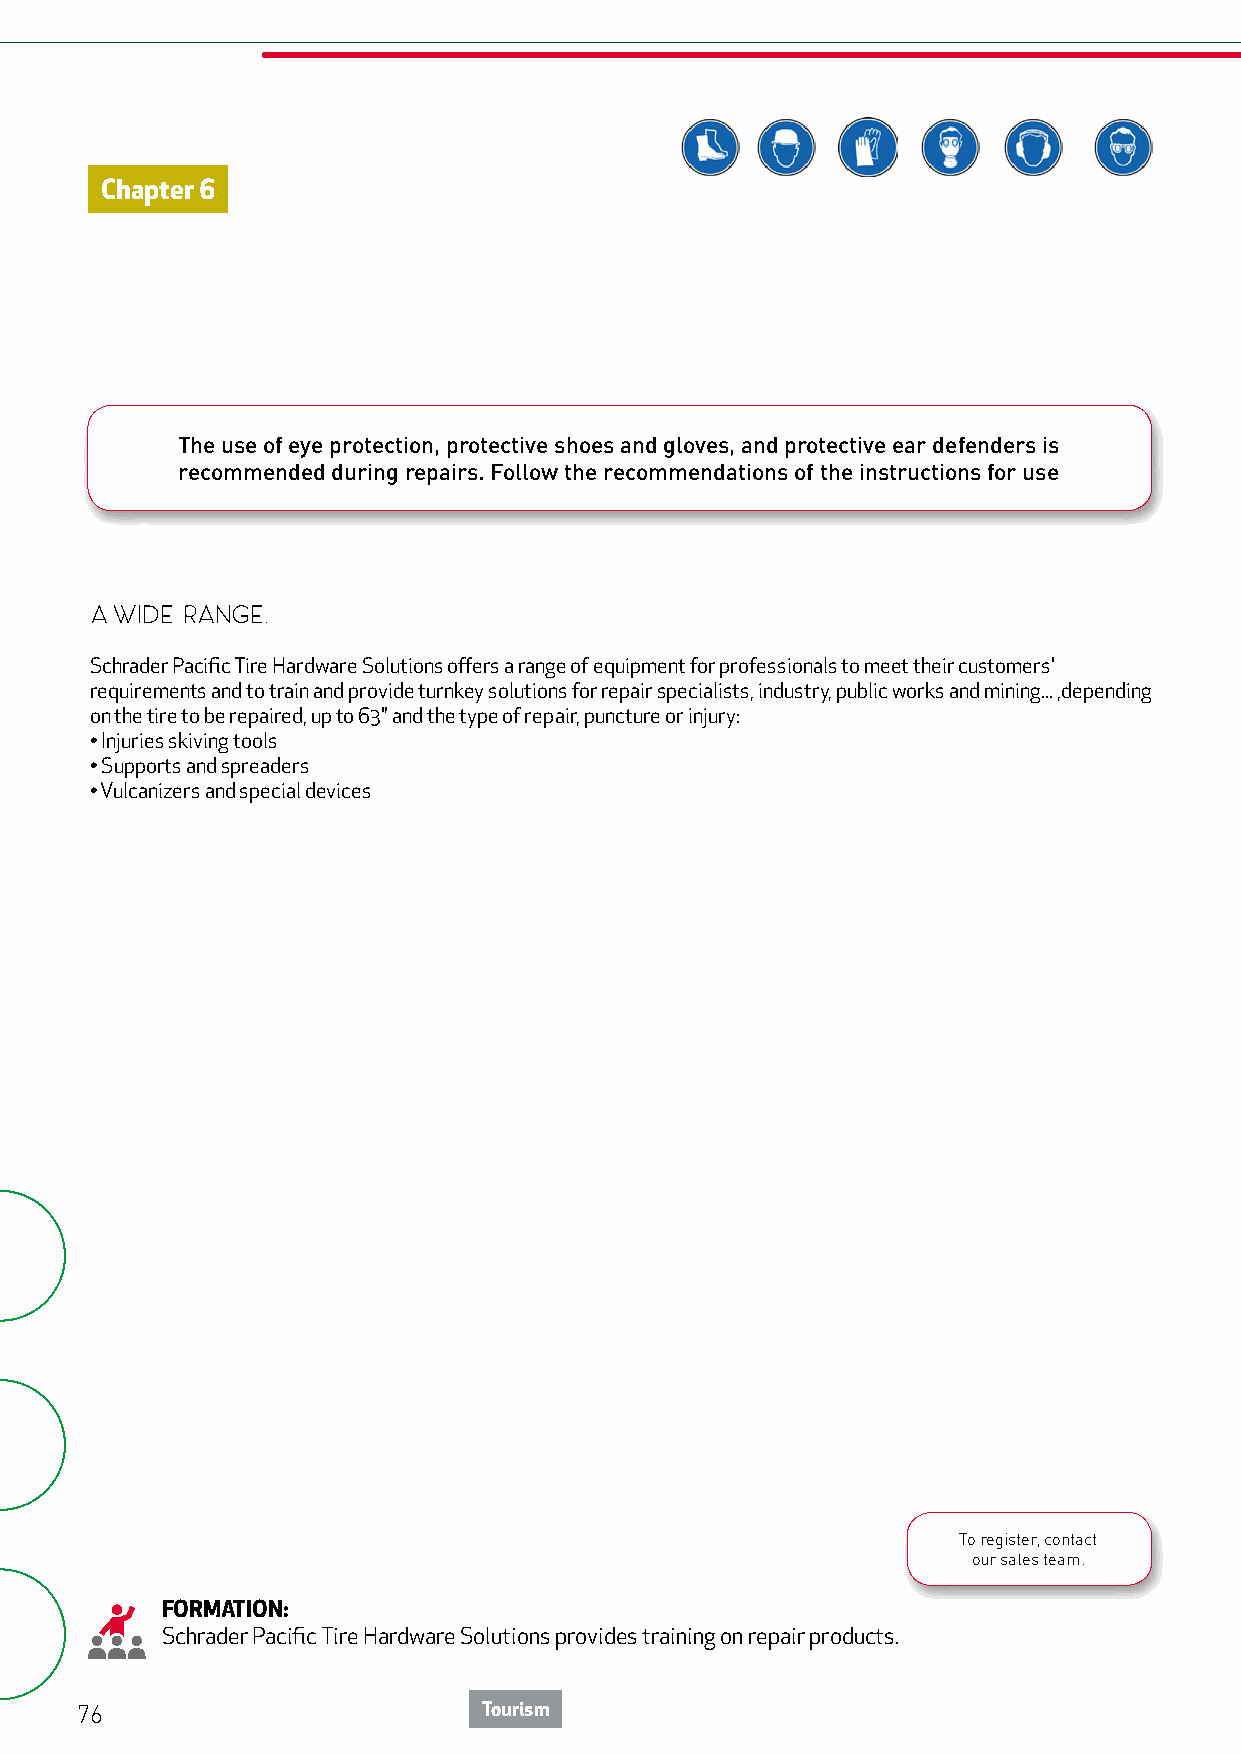
Chapter 6
 The use of eye protection, protective shoes and gloves, and protective ear defenders is
 recommended during repairs. Follow the recommendations of the instructions for use
 A WIDE RANGE.
 Schrader Pacific Tire Hardware Solutions offers a range of equipment for professionals to meet their customers'
 requirements and to train and provide turnkey solutions for repair specialists, industry, public works and mining... ,depending
 on the tire to be repaired, up to 63" and the type of repair, puncture or injury:
 • Injuries skiving tools
 • Supports and spreaders
 • Vulcanizers and special devices
 To register, contact
 our sales team.
 FORMATION:
 Schrader Pacific Tire Hardware Solutions provides training on repair products.
 76                         Tourism